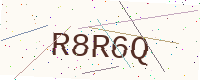
Text: R8R6Q